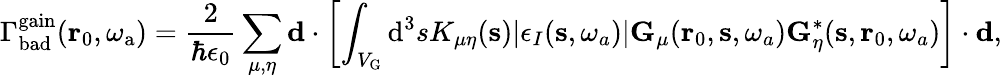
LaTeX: \Gamma_{\mathrm{bad}}^{\mathrm{gain}}(\mathbf{r}_{0},\omega_{\mathrm{a}})=\frac{2}{\hbar\epsilon_{0}}\sum_{\mu,\eta}\mathbf{d}\cdot\left[\int_{V_{\mathrm{G}}}{\mathrm d}^{3}sK_{\mu\eta}(\mathbf{s})|\epsilon_{I}(\mathbf{s},\omega_{a})|\mathbf{G}_{\mu}(\mathbf{r}_{0},\mathbf{s},\omega_{a})\mathbf{G}_{\eta}^{*}(\mathbf{s},\mathbf{r}_{0},\omega_{a})\right]\cdot\mathbf{d},